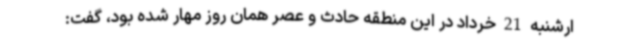
ارشنبه 21 خرداد در این منطقه حادث و عصر همان روز مهار شده بود، گفت: